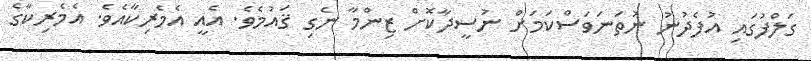
ގަލްފުގައި އުފެދުނު ނުތަނަވަސްކަމަށް ނުސީދާކޮށް ޒިންމާ ނެގި ޤައުމެވެ. އެއީ އެމެރިކާއެވެ. އެމެރިކާގެ